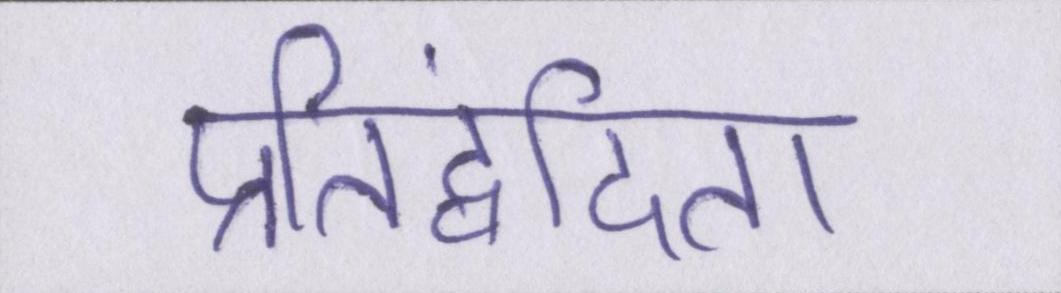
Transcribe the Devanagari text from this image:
प्रतिद्वंदिता